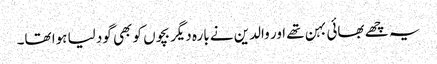
یہ چھے بھائی بہن تھے اور والدین نے بارہ دیگر بچوں کو بھی گود لیا ہوا تھا۔